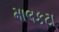
માલકટા